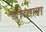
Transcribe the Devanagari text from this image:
थोवाला